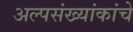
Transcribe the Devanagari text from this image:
अल्पसंख्यांकांचे